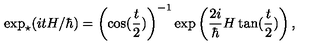
\exp _ { \star } ( i t H / \hbar ) = \left( \cos ( \frac { t } { 2 } ) \right) ^ { - 1 } \exp \left( \frac { 2 i } { \hbar } H \tan ( \frac { t } { 2 } ) \right) ,